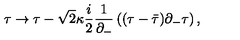
\tau \rightarrow \tau - \sqrt { 2 } \kappa \frac { i } { 2 } \frac { 1 } { \partial _ { - } } \left( ( \tau - \bar { \tau } ) \partial _ { - } \tau \right) ,